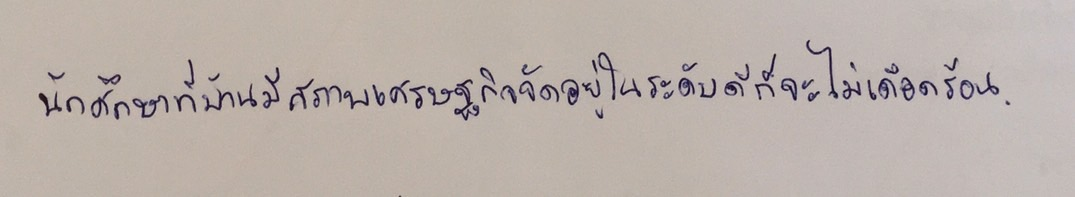
นักศึกษาที่บ้านมีสภาพเศรษฐกิจจัดอยู่ในระดับดีก็จะไม่เดือดร้อน